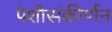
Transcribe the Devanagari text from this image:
पेशीसंकीर्णन